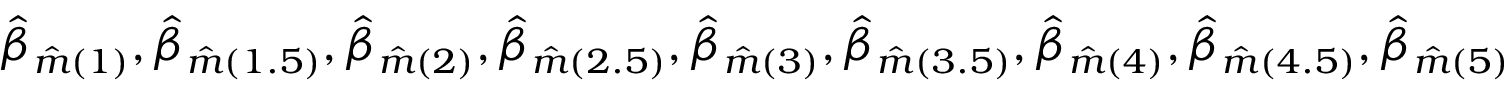
\Hat { \beta } _ { \Hat { m } ( 1 ) } , \Hat { \beta } _ { \Hat { m } ( 1 . 5 ) } , \Hat { \beta } _ { \Hat { m } ( 2 ) } , \Hat { \beta } _ { \Hat { m } ( 2 . 5 ) } , \Hat { \beta } _ { \Hat { m } ( 3 ) } , \Hat { \beta } _ { \Hat { m } ( 3 . 5 ) } , \Hat { \beta } _ { \Hat { m } ( 4 ) } , \Hat { \beta } _ { \Hat { m } ( 4 . 5 ) } , \Hat { \beta } _ { \Hat { m } ( 5 ) }